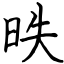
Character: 昳